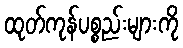
ထုတ်ကုန်ပစ္စည်းများကို